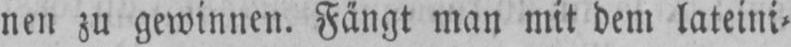
nen zu gewinnen. Fängt man mit dem lateini⸗